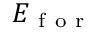
E _ { \mathrm { ~ f ~ o ~ r ~ } }